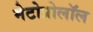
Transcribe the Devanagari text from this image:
मेटोप्रोलॉल